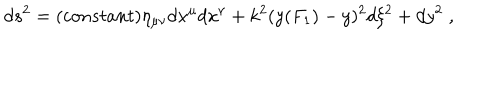
d s ^ { 2 } = ( c o n s t a n t ) \eta _ { \mu \nu } d x ^ { \mu } d x ^ { \nu } + k ^ { 2 } ( y ( F _ { 1 } ) - y ) ^ { 2 } d \xi ^ { 2 } + d y ^ { 2 } \; ,